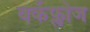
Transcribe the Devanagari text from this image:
वर्कफ्लोज